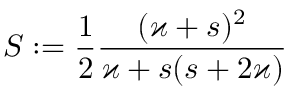
S : = \frac { 1 } { 2 } \frac { ( \varkappa + s ) ^ { 2 } } { \varkappa + s ( s + 2 \varkappa ) }